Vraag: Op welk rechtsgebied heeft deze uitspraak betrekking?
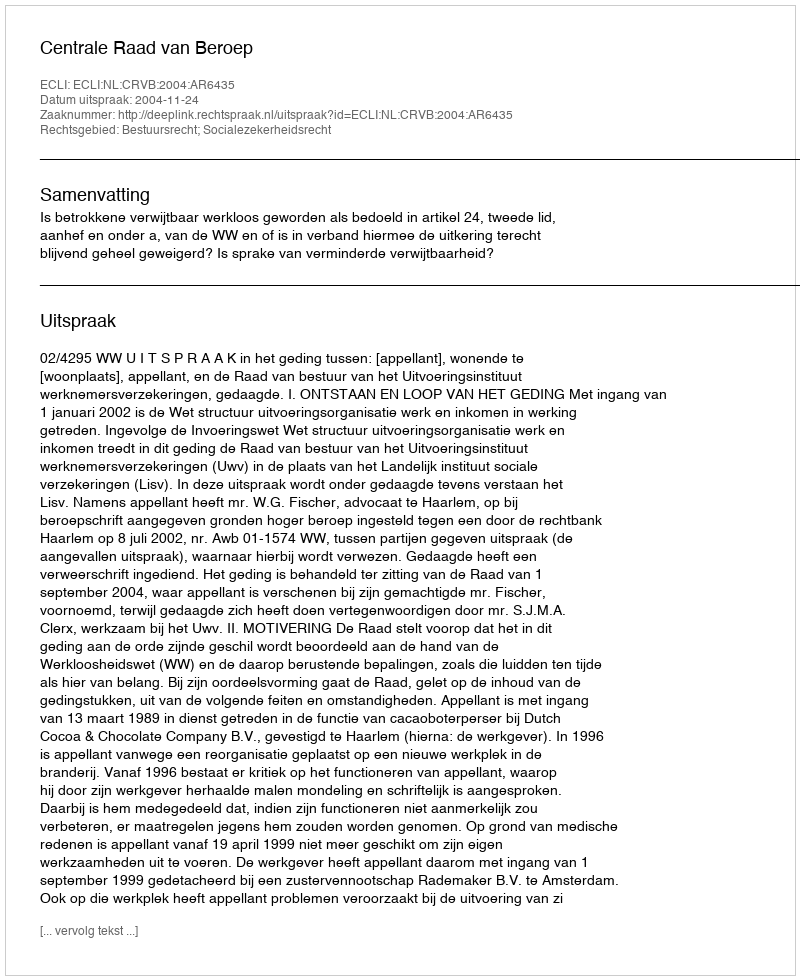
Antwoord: Bestuursrecht; Socialezekerheidsrecht